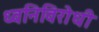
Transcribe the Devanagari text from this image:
ध्वनिविरोधी